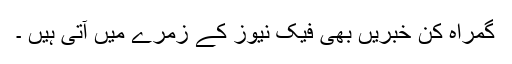
گمراہ کن خبریں بھی فیک نیوز کے زمرے میں آتی ہیں ۔